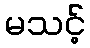
မသင့်